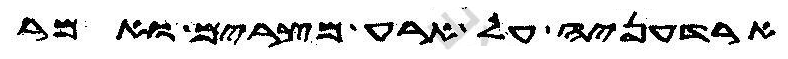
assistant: ארדעניה על ארע מצרים ואמר